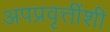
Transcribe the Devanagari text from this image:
अपप्रवृत्तींशी